Indian journal of veterinary science and animal husbandry - Volume 1,
Year: 1931
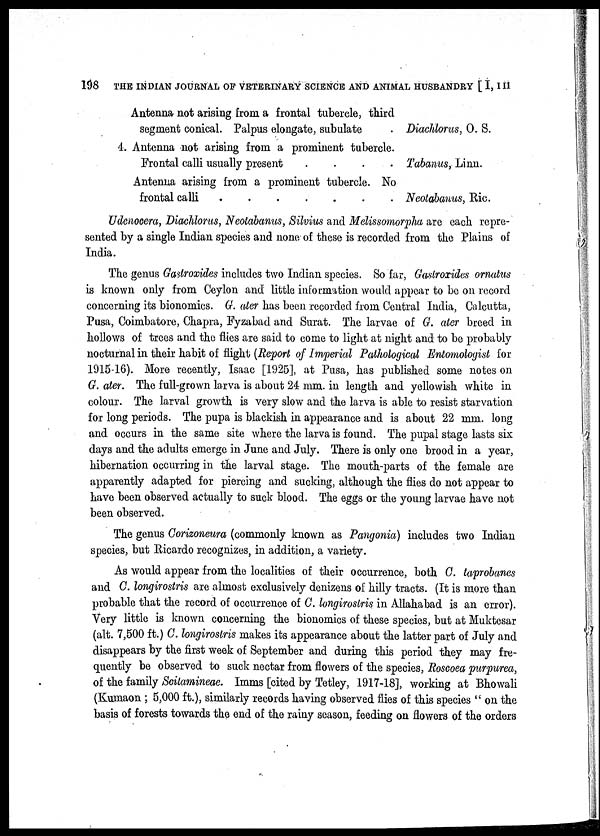
198 THE INDIAN JOURNAL OF VETERINARY SCIENCE AND ANIMAL HUSBANDRY [ I, III
Antenna not arising from a frontal tubercle, third
segment conical. Palpus elongate, subulate
4. Antenna not arising from a prominent tubercle.
Frontal calli usually present
....
Antenna arising from a prominent tubercle. No
frontal calli
Diachlorus, O. S.
Tabanus, Linn.
Neotabanus, Ric.
Udenocera, Diachlorus, Neotabanus, Silvius and Melissomorpha are each repre-
sented by a single Indian species and none of these is recorded from the Plains of
India.
The genus Gastroxides includes two Indian species. So far, Gastroxides ornatus
is known only from Ceylon and little information would appear to be on record
concerning its bionomics. G. ater has been recorded from Central India, Calcutta,
Pusa, Coimbatore, Chapra, Fyzabad and Surat. The larvae of G. ater breed in
hollows of trees and the flies are said to come to light at night and to be probably
nocturnal in their habit of flight (Report of Imperial Pathological Entomologist for
1915-16). More recently, Isaac [1925], at Pusa, has published some notes on
G. ater. The full-grown larva is about 24 mm. in length and yellowish white in
colour. The larval growth is very slow and the larva is able to resist starvation
for long periods. The pupa is blackish in appearance and is about 22 mm. long
and occurs in the same site where the larva is found. The pupal stage lasts six
days and the adults emerge in June and July. There is only one brood in a year,
hibernation occurring in the larval stage. The mouth-parts of the female are
apparently adapted for piercing and sucking, although the flies do not appear to
have been observed actually to suck blood. The eggs or the young larvae have not
been observed.
The genus Corizoneura (commonly known as Pangonia) includes two Indian
species, but Ricardo recognizes, in addition, a variety.
As would appear from the localities of their occurrence, both C. taprobanes
and C. longirostris are almost exclusively denizens of hilly tracts. (It is more than
probable that the record of occurrence of C. longirostris in Allahabad is an error).
Very little is known concerning the bionomics of these species, but at Muktesar
(alt. 7,500 ft.) C. longirostris makes its appearance about the latter part of July and
disappears by the first week of September and during this period they may fre-
quently be observed to suck nectar from flowers of the species, Roscoea purpurea,
of the family Scitamineae. Imms [cited by Tetley, 1917-18], working at Bhowali
(Kumaon ; 5,000 ft.), similarly records having observed flies of this species " on the
basis of forests towards the end of the rainy season, feeding on flowers of the orders